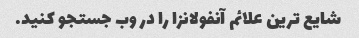
شایع ترین علائم آنفولانزا را در وب جستجو کنید.